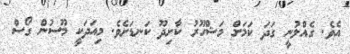
އެވެ. ގެއްލުނީ ގަދަ ކަމަށް މަޝްހޫރު ކާށިދޫ ކަނޑަށެވެ. މިއަދަކީ މޫސުން ގޯސް